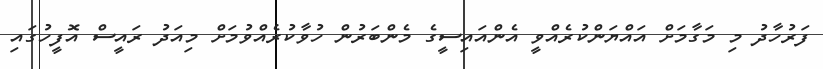
ފަރުހާދު މި މަގާމަށް އައްޔަންކުރެއްވީ އެންއައިސީގެ މެންބަރުން ހުވާކުރެއްވުމަށް މިއަދު ރައީސް އޮފީހުގައި